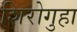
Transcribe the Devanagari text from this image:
शिरोगुहा